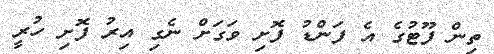
ތިން ފޫޓުގެ އެ ފަންޑު ފޮށި ވަގަށް ނެގި އިރު ފޮށި ހުރީ